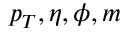
p _ { T } , \eta , \phi , m